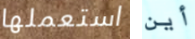
استعملها أين